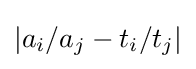
|a_{i}/a_{j}-t_{i}/t_{j}|